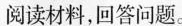
阅读材料，回答问题。